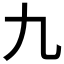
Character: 九